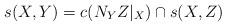
LaTeX: \begin{align*}s(X,Y) = c(N_YZ|_X)\cap s(X,Z)\end{align*}